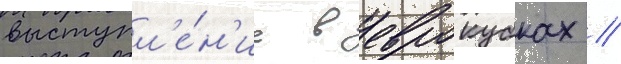
выступл'е́н'ие в еврокубках //